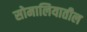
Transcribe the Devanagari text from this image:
सोमालियातील